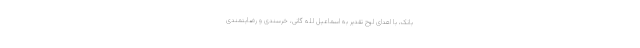
بانک، با اهدای لوح تقدیر به اسماعیل لله گانی، خرسندی و رضایتمندی